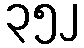
၃၅၂